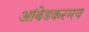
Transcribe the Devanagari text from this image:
आंबेडकरमय